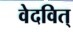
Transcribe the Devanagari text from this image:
वेदवित्